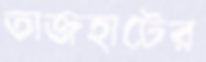
তাজহাটের